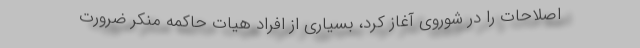
اصلاحات را در شوروی آغاز کرد، بسیاری از افراد هیات حاکمه منکر ضرورت